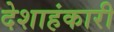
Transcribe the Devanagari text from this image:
देशाहंकारी